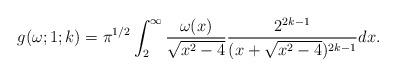
LaTeX: \begin{align*}g(\omega;1;k)=\pi^{1/2}\int_{2}^{\infty}\frac{\omega(x)}{\sqrt{x^2-4}}\frac{2^{2k-1}}{(x+\sqrt{x^2-4})^{2k-1}}dx.\end{align*}